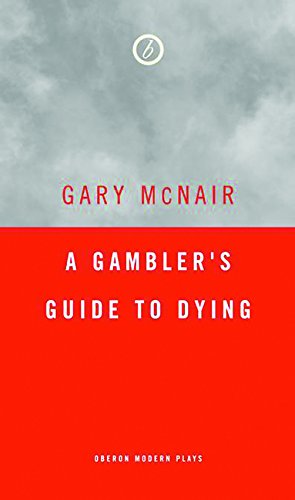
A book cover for A Gambler's Guide to Dying; Gary McNair; Parenting & Relationships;